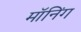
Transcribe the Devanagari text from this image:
मॉनिंग